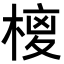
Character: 𭫉